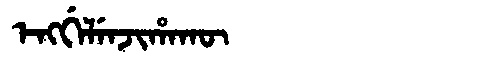
Manchu: ᡝᠩᡤᡝᠯᡝᠨᠵᡳᡥᠠᡴᡡ
Romanization: ENGGELENJIHAKŪ